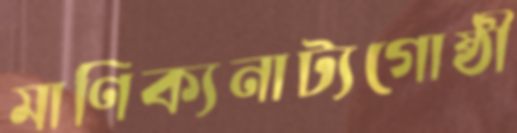
মাণিক্যনাট্যগোষ্ঠী